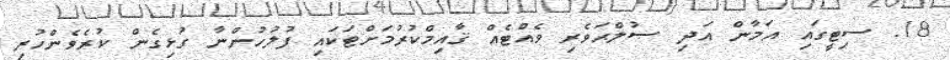
18. ސިޓީގައި އަމާން އަދި ޞުލްޙަވެރި ވެއްޓެއް ޤާއިމްކުރުމަށްޓަކައި ފުލުހުންނާ ގުޅިގެން ކުރެވެންހުރި